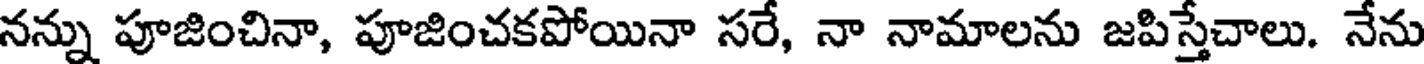
నన్ను పూజించినా, పూజించకపోయినా సరే, నా నామాలను జపిస్తేచాలు. నేను